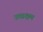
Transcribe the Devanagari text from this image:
उच्चक्षम